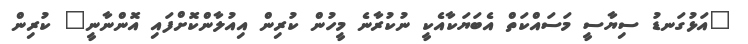
"އަޅުގަނޑު ސިޔާސީ މަސައްކަތް އެބަޔަކާއެކީ ނުކުރާނެ މީހުން ކުރިން އިއުލާންކޮށްފައި އޮންނާނީ" ކުރިން